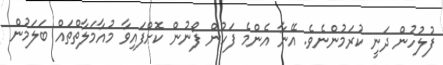
ފުލުހުން ދަނީ ކުރަމުންނެވެ. އޭނާ އެންމެ ފަހުން ފޯނުން ކޮށްފައިވާ މުއާމަލާތްތައް ބަލަމުން